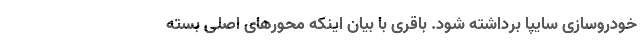
خودروسازی سایپا برداشته شود. باقری با بیان اینکه محورهای اصلی بسته